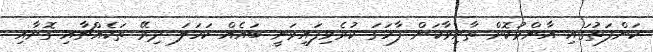
ކަންފަތުގައި އާންމުކޮށް ތާށިވާކަން ފާހަގަ ކުރެވިފައިވަނީ ބައެއް ކަހަލަ ދިރޭ ތަކެއްޗާއި ގޮށާއި